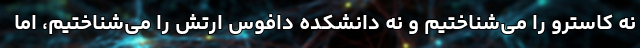
نه کاسترو را می‌شناختیم و نه دانشکده دافوس ارتش را می‌شناختیم، اما